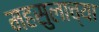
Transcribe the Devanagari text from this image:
महसुलाच्या